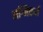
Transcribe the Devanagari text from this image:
अग्निकर्म